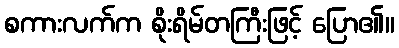
စကားလက်က စိုးရိမ်တကြီးဖြင့် ပြော၏။